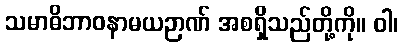
သမာဓိဘာဝနာမယဉာဏ် အစရှိသည်တို့ကို။ ဝါ၊